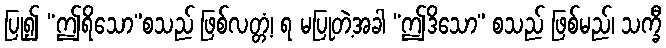
ပြု၍ “ဤရိသော”စသည် ဖြစ်လတ္တံ့၊ ရ မပြုတဲ့အခါ “ဤဒိသော” စသည် ဖြစ်မည်၊ သက္ခီ